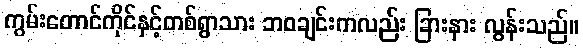
ကွမ်းတောင်ကိုင်နှင့်တစ်ရွာသား ဘဝချင်းကလည်း ခြားနား လွန်းသည်။